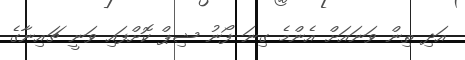
އަދި ތިން ވަނައަށް އެންމެ ގިނަ ފޯނު ޝިޕް ކޮށްފައި ވަނީ ޗައިނާގެ